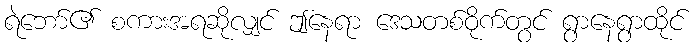
ရဲဘော်၏ စကားအရဆိုလျှင် ဤနေရာ ဒေသတစ်ဝိုက်တွင် ရွာနေရွာထိုင်